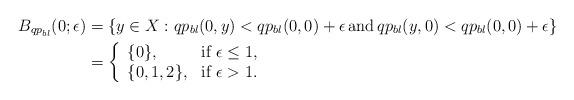
LaTeX: \begin{align*} B_{{qp}_{bl}}(0;\epsilon)&= \{ y \in X : qp_{bl}(0,y) < qp_{bl}(0,0) + \epsilon \thinspace \mbox{and} \thinspace qp_{bl}(y,0) < qp_{bl}(0,0) + \epsilon \}\\&=\left\{\begin{array}{ll}\{0\},& \mbox{if}\thinspace \thinspace \epsilon \leq 1,\\\{0,1,2\},&\mbox{if} \thinspace \thinspace \epsilon >1.\end{array}\right.\end{align*}